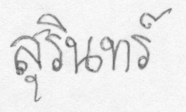
สุรินทร์